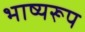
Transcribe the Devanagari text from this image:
भाष्यरूप